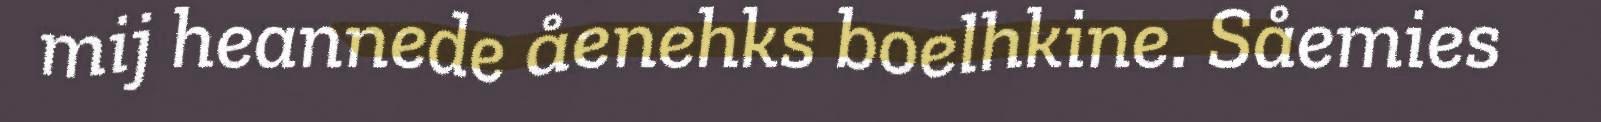
mij heannede åenehks boelhkine. Såemies